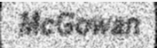
McGowan